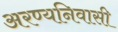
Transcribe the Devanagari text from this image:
अरण्यनिवासी